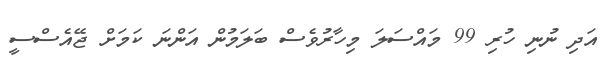
އަދި ނުނި ހުރި 99 މައްސަލަ މިހާރުވެސް ބަލަމުން އަންނަ ކަމަށް ޖޭއެސްސީ